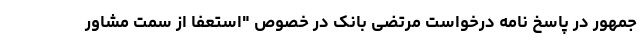
جمهور در پاسخ نامه درخواست مرتضی بانک در خصوص "استعفا از سمت مشاور